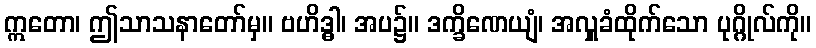
ဣတော၊ ဤသာသနာတော်မှ။ ဗဟိဒ္ဓါ၊ အပ၌။ ဒက္ခိဏေယျံ၊ အလှူခံထိုက်သော ပုဂ္ဂိုလ်ကို။